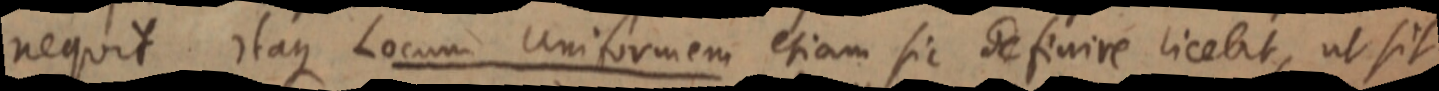
nequit itaque Locum Uniformem etiam sic definire licebit, ut sit